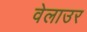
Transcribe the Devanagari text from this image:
वेलाउर